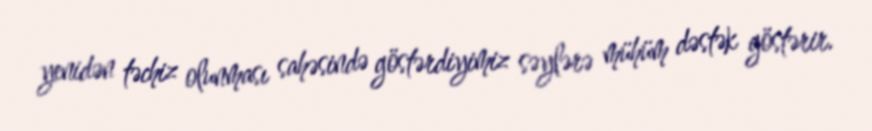
yenidən təchiz olunması sahəsində göstərdiyimiz səylərə mühüm dəstək göstərir.